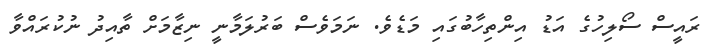
ރައީސް ސޯލިހުގެ އަޑު އިންތިހާބުގައި މަޑެވެ. ނަމަވެސް ބަރުލަމާނީ ނިޒާމަށް ތާއިދު ނުކުރައްވާ